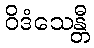
ဝိဒံသေန္တီ